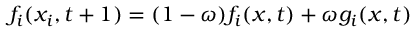
f _ { i } ( x _ { i } , t + 1 ) = ( 1 - \omega ) f _ { i } ( x , t ) + \omega g _ { i } ( x , t )